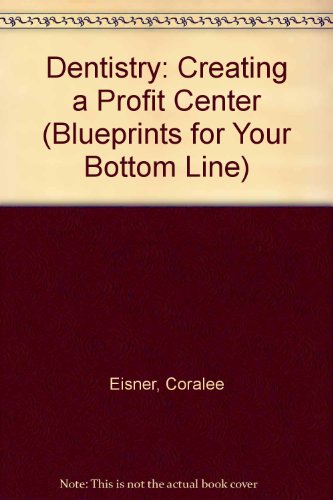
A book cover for Dentistry: Creating a Profit Center (Blueprints for Your Bottom Line); Coralee Eisner; Medical Books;